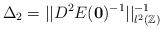
LaTeX: \begin{align*} \Delta_2 = || D^2 E(\boldsymbol{0})^{-1} ||_{l^2(\mathbb{Z})}^{-1} \end{align*}